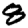
Digit: 8